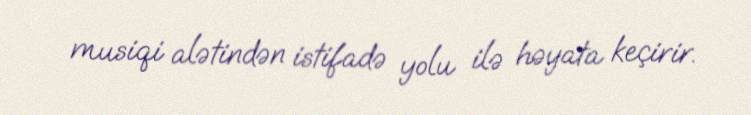
musiqi alətindən istifadə yolu ilə həyata keçirir.